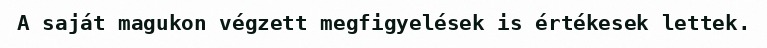
A saját magukon végzett megfigyelések is értékesek lettek.